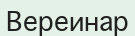
Вереинар